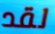
لقد